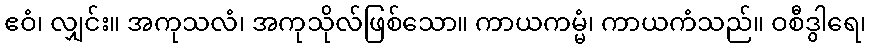
ဧဝံ၊ လျှင်း။ အကုသလံ၊ အကုသိုလ်ဖြစ်သော။ ကာယကမ္မံ၊ ကာယကံသည်။ ဝစီဒွါရေ၊